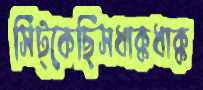
সিট্‌কেছিসধাক্কধাক্ক